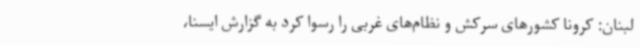
لبنان: کرونا کشورهای سرکش و نظام‌های غربی را رسوا کرد به گزارش ایسنا،